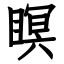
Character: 瞑